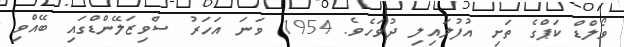
ވޯލްޑް ކަޕްގެ ތަށި އުފުލައިލި ދުވަހެވެ. 1954 ވަނަ އަހަރު ސްވިޒަލޭންޑްގައި ބޭއްވި